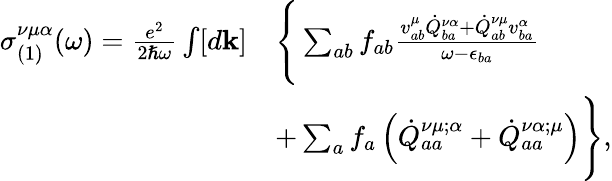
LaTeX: \begin{array}{rl}{\sigma_{(1)}^{\nu\mu\alpha}(\omega)=\frac{e^{2}}{2\hslash\omega}\int[d\mathbf{k}]}&{\Bigg\{ \sum_{ab}f_{ab}\frac{v_{ab}^{\mu}\dot{Q}_{ba}^{\nu\alpha}+\dot{Q}_{ab}^{\nu\mu}v_{ba}^{\alpha}}{\omega-\epsilon_{ba}}}\\ &{+\sum_{a}f_{a}\left(\dot{Q}_{aa}^{\nu\mu;\alpha}+\dot{Q}_{aa}^{\nu\alpha;\mu}\right)\Bigg\} \mathrm{,}}\end{array}